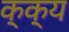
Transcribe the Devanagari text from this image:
क्क्य